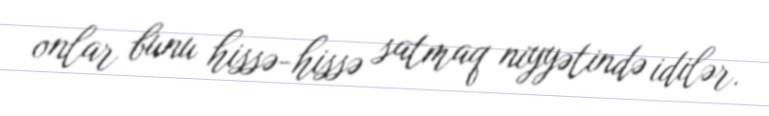
onlar bunu hissə-hissə satmaq niyyətində idilər.